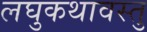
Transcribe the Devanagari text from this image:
लघुकथावस्तु